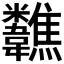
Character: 𩏷